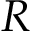
R